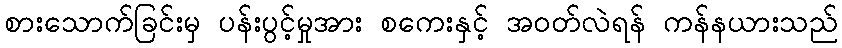
စားသောက်ခြင်းမှ ပန်းပွင့်မှုအား စကေးနှင့် အဝတ်လဲရန် ကန်နယားသည်